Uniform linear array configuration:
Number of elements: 48
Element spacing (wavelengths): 0.5
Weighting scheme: kaiser
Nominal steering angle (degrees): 30
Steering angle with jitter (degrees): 29.384
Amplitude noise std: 0.05
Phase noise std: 0.05

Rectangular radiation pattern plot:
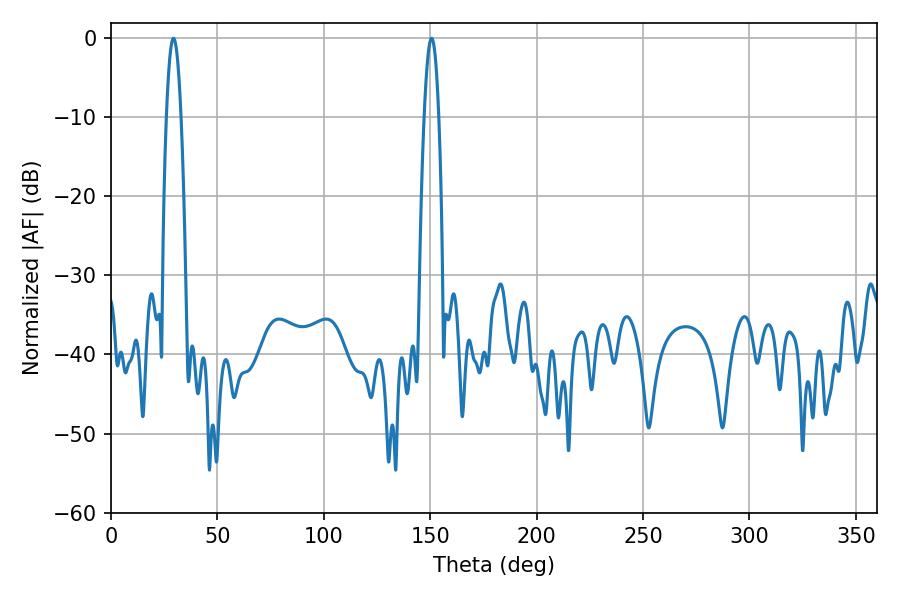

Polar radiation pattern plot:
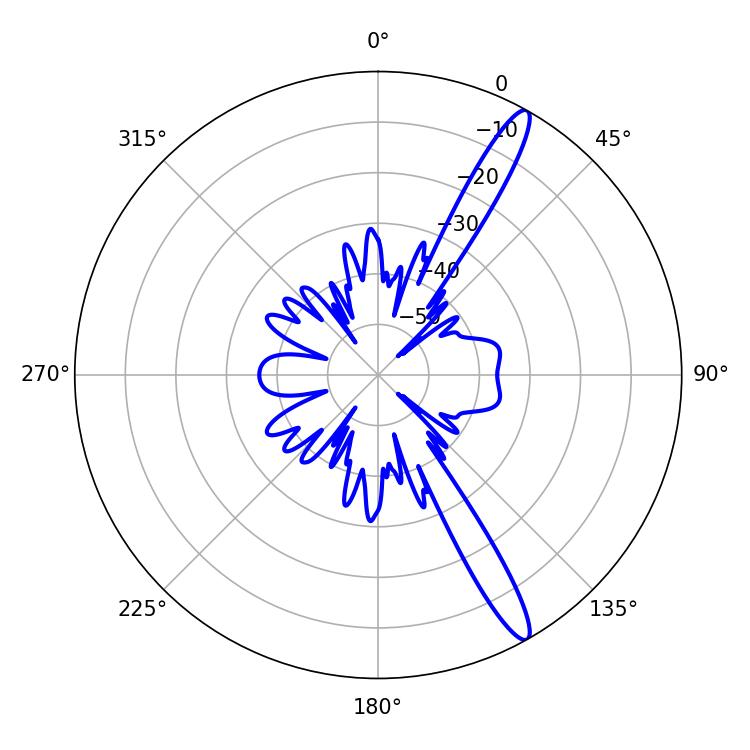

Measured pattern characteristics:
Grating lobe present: FALSE
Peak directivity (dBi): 14.538
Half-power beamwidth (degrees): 3.78
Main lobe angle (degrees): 29.34